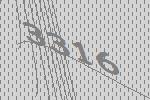
3316